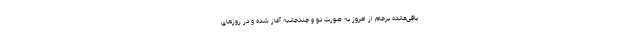
باقی‌مانده برجام از امروز به صورت دو و چندجانبه آغاز شده و در روزهای